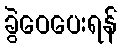
ခွဲဝေပေးရန်